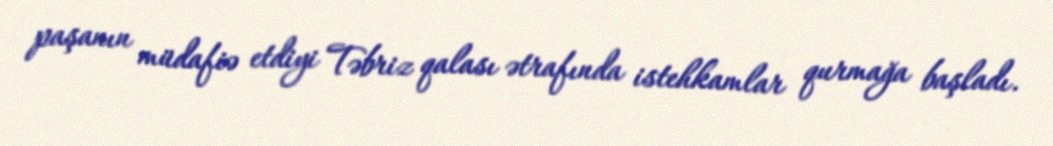
paşanın müdafiə etdiyi Təbriz qalası ətrafında istehkamlar qurmağa başladı.